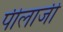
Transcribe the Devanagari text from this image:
पीलाजी